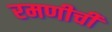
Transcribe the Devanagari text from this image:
रमणीची